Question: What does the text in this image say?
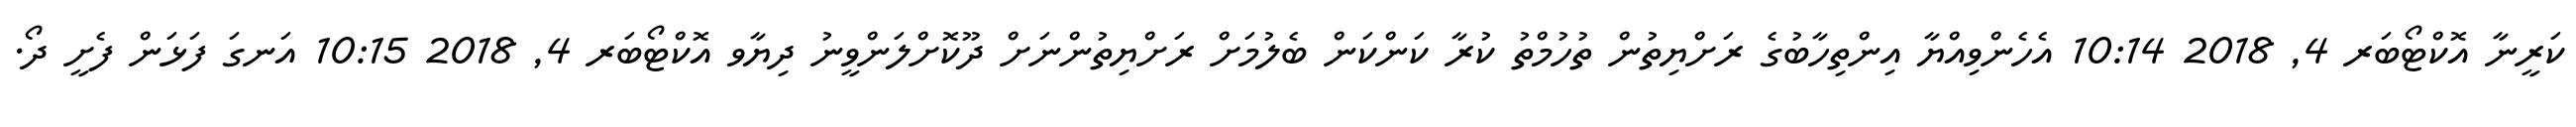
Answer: ކަރީނާ އޮކްޓޯބަރ 4, 2018 10:14 އެހެންވިއްޔާ އިންތިހާބުގެ ރަށްޔިތުން ތުހުމްތު ކުރާ ކަންކަން ބެލުމަށް ރަށްޔިތުންނަށް ދޫކޮށްލަންވީނު ދިޔާވ އޮކްޓޯބަރ 4, 2018 10:15 އަނގަ ފަޅަން ފެށީ ދޯ.